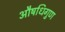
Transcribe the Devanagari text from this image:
औषधिगुण